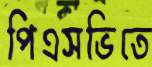
পিএসভিতে